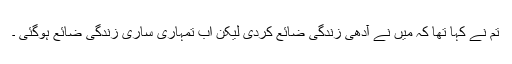
تم نے کہا تھا کہ میں نے آدھی زندگی ضائع کردی لیکن اب تمہاری ساری زندگی ضائع ہوگئی ۔